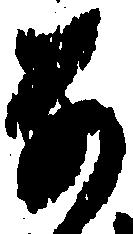
な